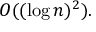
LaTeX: O ( ( \log n ) ^ { 2 } ) .